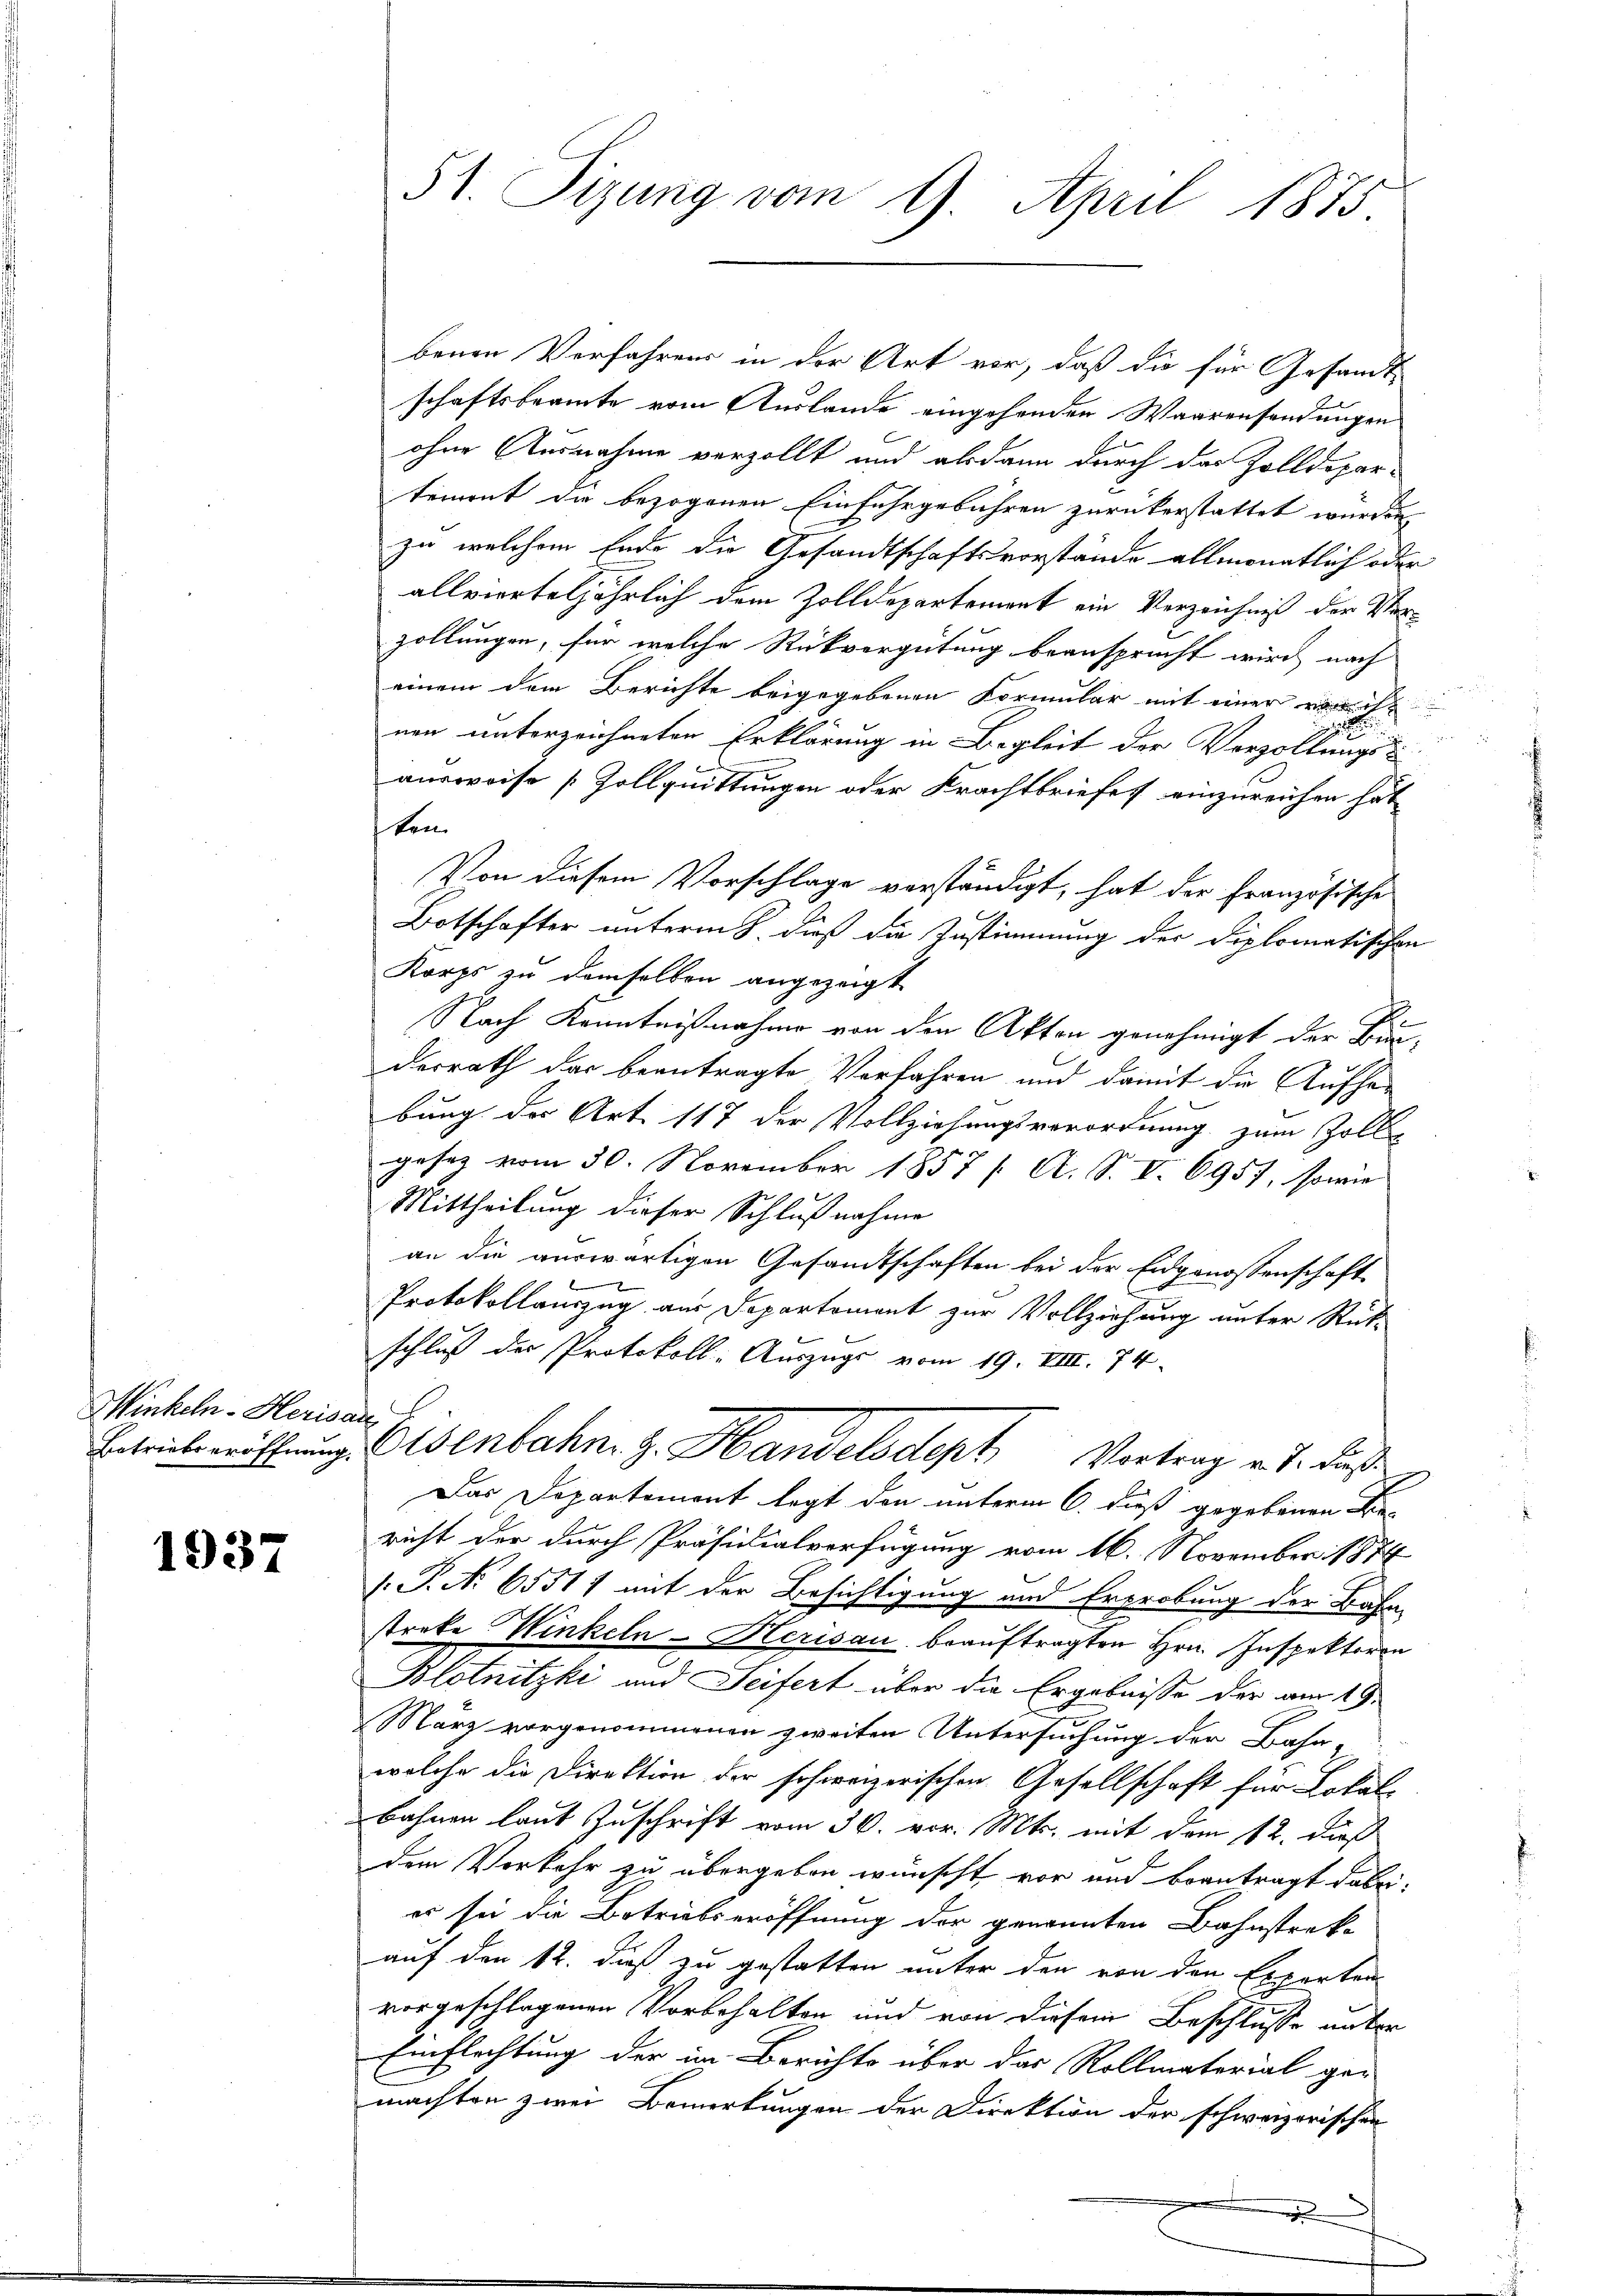
Minkeln-Herisa
Betriebseröffnung.

1937

51. Sizung vom 9. April 1875.

benen Verfahrens in der Art vor, daß die für Gesandt-
schaftsbeamte vom Auslande eingehenden Waarensendungen
ohne Ausnahme verzollt und alsdann durch das Zolldepar-
tement die bezogenen Einfuhrgebühren zurückerstattet wurden,
zu welchem Ende die Gesandtschaftsvorstände allmonatlich oder
allvierteljährlich dem Zolldepartement ein Verzeichniß der Verzollungen, für welche Rückvergütung beansprucht wird, nach
einem dem Berichte beigegebenen Formular mit einer erricht
nen unterzeichneten Erklärung in Begleit der Verzöllungs-
ausweise [Zollquittungen oder Krachtbriefes einzureichen hat
ten.
Von diesem Vorschlage verständigt, hat der Französische
Botschafter unterm 8. dieß die Zustimmung der Diplomatischen
Korps zu demselben angezeigt
Nach Kenntnißnahme von den Akten genehmigt der Bun-
derrath das beantragte Vorfahren und damit die Aufhebung der Art. 117 der Vollziehungsverordnung zum Zoll-
gesetz vom 30. November 1857 [ A. S. V. 6957, sowie
Mittheilung dieser Schlußnahme
an die auswärtigen Gesandtschaften bei der Eidgenossenschaft
Protokollauszug aus Departement zur Vollziehung unter Rück-
schluß der Protokoll-Auszugs vom 19. VIII. 74.
s
Eisenbahn z. Handelsdept Vertrag v. J. das
Das Departemont legt den unterm 6. Fuß gegebenen Be-
richt der durch Präsidialverfügung vom 16. November 1874
/. P. Nr. 65511 mit der Besichtigung und Erprobung der Bahn-
streke Winkeln - Herisau beauftragten Hrn. Inspektoren
Blotnitzki und Seifert über die Ergebnisse der am 19.
März vorgenommenen zweiten Untersuchung der Bahn-
welche die Direktion der schweizerischen Gesellschaft für Lokal
bahnen laut Zuschrift vom 30. vor. Mts. mit dem 12. dieß
dem Vorkehr zu übergeben wünscht vor und beantragt dabei,
er sei die Betriebseröffnung der genannten Bahnstrak-
auf den 12. dieß zu gestatten unter den von den Experten-
vorgeschlagenen Vorbehalten und von diesem Beschlusse unter
Einflechtung der im Berichte über das Rollmaterial ge-
machten zwei Bemerkungen der Direktion der schweizerischen
x